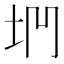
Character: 𡊐